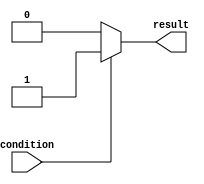
module if_else_statement (
    input wire condition,
    output reg result
);

always @ (*) begin
    if (~condition) begin
        // Condition is not true
        result <= 0; // Execute statements in the "else" block
    end else begin
        // Condition is true
        result <= 1; // Execute statements in the "if" block
    end
end

endmodule